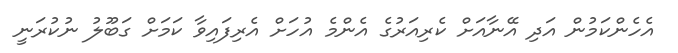
އެހެންކަމުން އަދި އޭނާއަށް ކެރިއަރުގެ އެންމެ އުހަށް އެރިފައިވާ ކަމަށް ގަބޫލު ނުކުރަނީ